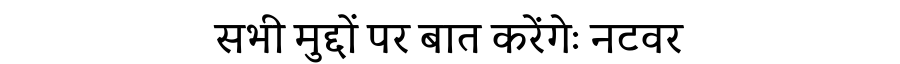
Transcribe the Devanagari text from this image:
सभी मुद्दों पर बात करेंगेः नटवर